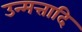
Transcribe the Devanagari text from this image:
उन्मत्तादि